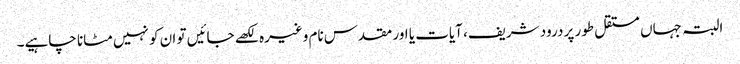
البتہ جہاں مستقل طور پر درود شریف، آیات یا اور مقدس نام وغیرہ لکھے جائیں تو ان کو نہیں مٹانا چاہیے۔